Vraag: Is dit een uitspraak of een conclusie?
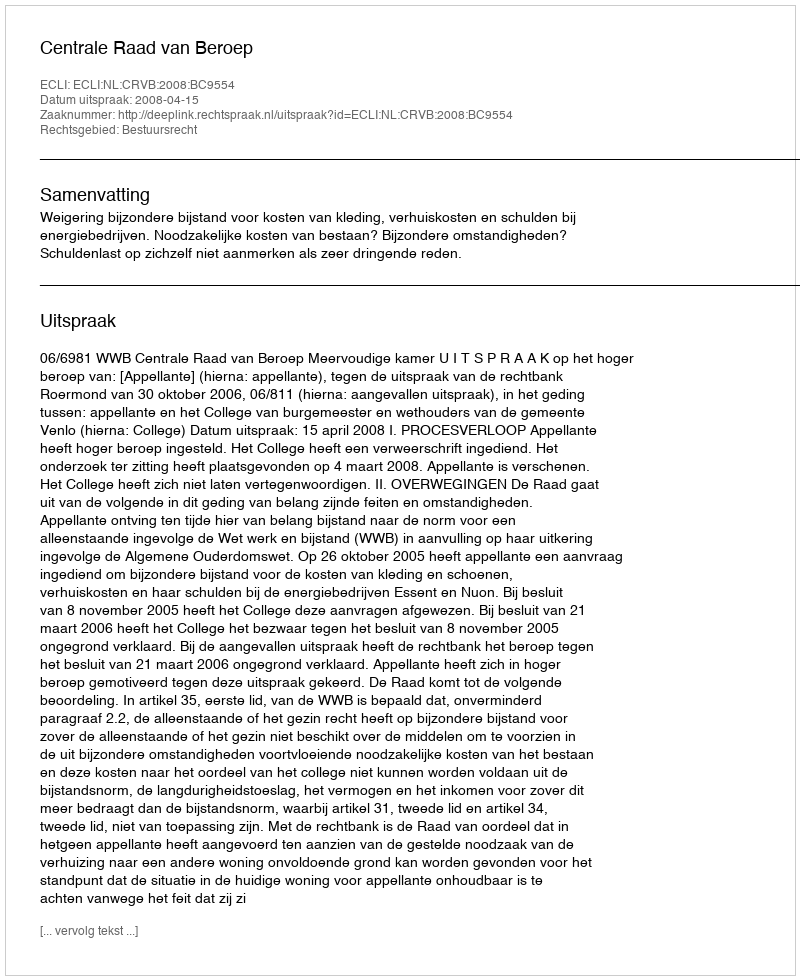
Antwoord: Uitspraak